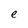
Character: e